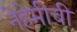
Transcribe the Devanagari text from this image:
नेहेमीची